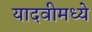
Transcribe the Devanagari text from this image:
यादवीमध्ये